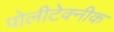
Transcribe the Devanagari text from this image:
पोलीटेक्नीक